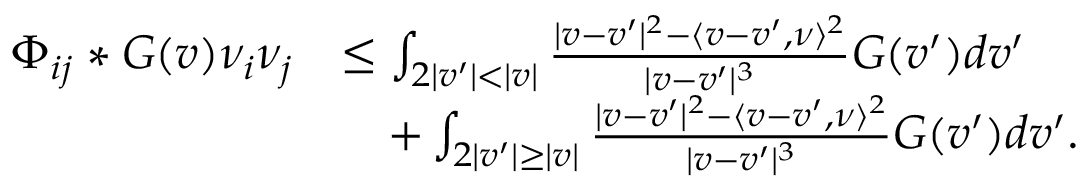
\begin{array} { r l } { \Phi _ { i j } * G ( v ) \nu _ { i } \nu _ { j } } & { \leq \int _ { 2 | v ^ { \prime } | < | v | } \frac { | v - v ^ { \prime } | ^ { 2 } - \langle v - v ^ { \prime } , \nu \rangle ^ { 2 } } { | v - v ^ { \prime } | ^ { 3 } } G ( v ^ { \prime } ) d v ^ { \prime } } \\ & { \quad + \int _ { 2 | v ^ { \prime } | \geq | v | } \frac { | v - v ^ { \prime } | ^ { 2 } - \langle v - v ^ { \prime } , \nu \rangle ^ { 2 } } { | v - v ^ { \prime } | ^ { 3 } } G ( v ^ { \prime } ) d v ^ { \prime } . } \end{array}